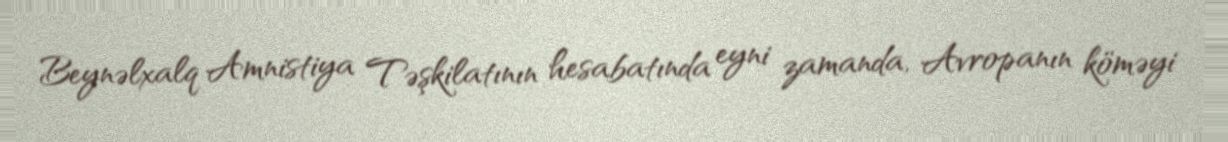
Beynəlxalq Amnistiya Təşkilatının hesabatında eyni zamanda, Avropanın köməyi